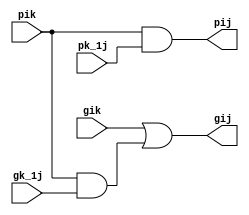
`timescale 1ns / 1ps
//////////////////////////////////////////////////////////////////////////////////
// Company: 
// Engineer: 
// 
// Design Name: 
// Module Name:    Black 
// Project Name: 
// Target Devices: 
// Tool versions: 
// Description: 
//
// Dependencies: 
//
// Revision: 
// Revision 0.01 - File Created
// Additional Comments: 
//
//////////////////////////////////////////////////////////////////////////////////
module Black(gik,pik,gk_1j,pk_1j,gij,pij);

	input gik,pik,gk_1j,pk_1j;
	output gij,pij;
	wire w;
	
	and(w,pik,gk_1j);
	or(gij,gik,w);
	and(pij,pik,pk_1j);


endmodule